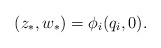
\begin{align*}(z_*,w_*) = \phi_i(q_i, 0).\end{align*}